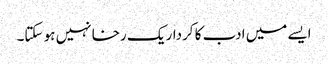
ایسے میں ادب کا کردار یک رخا نہیں ہو سکتا۔